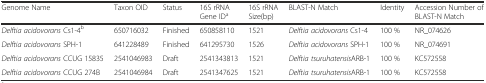
<table><thead><tr><td><b>Genome Name</b></td><td><b>Taxon OID</b></td><td><b>Status</b></td><td><b>16S rRNA Gene ID<sup>a</sup></b></td><td><b>16S rRNA Size(bp)</b></td><td><b>BLAST-N Match</b></td><td><b>Identity</b></td><td><b>Accession Number of BLAST-N Match</b></td></tr></thead><tbody><tr><td><i>Delftia acidovorans</i> Cs1-4<sup>b</sup></td><td>650716032</td><td>Finished</td><td>650858110</td><td>1521</td><td><i>Delftia acidovorans</i> Cs1-4</td><td>100 %</td><td>NR_074626</td></tr><tr><td><i>Delftia acidovorans</i> SPH-1</td><td>641228489</td><td>Finished</td><td>641295730</td><td>1526</td><td><i>Delftia acidovorans</i> SPH-1</td><td>100 %</td><td>NR_074691</td></tr><tr><td><i>Delftia acidovorans</i> CCUG 15835</td><td>2541046983</td><td>Draft</td><td>2541343813</td><td>1521</td><td><i>Delftia tsuruhatensis</i>ARB-1</td><td>100 %</td><td>KC572558</td></tr><tr><td><i>Delftia acidovorans</i> CCUG 274B</td><td>2541046984</td><td>Draft</td><td>2541347625</td><td>1521</td><td><i>Delftia tsuruhatensis</i>ARB-1</td><td>100 %</td><td>KC572558</td></tr></tbody></table>